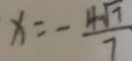
x = - \frac { 4 \sqrt { 7 } } { 7 }